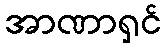
အာဏာရှင်